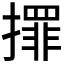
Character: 𢶀